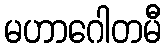
မဟာဂေါတမီ